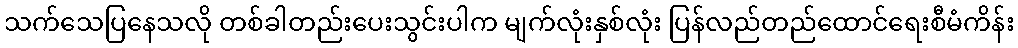
သက်သေပြနေသလို တစ်ခါတည်းပေးသွင်းပါက မျက်လုံးနှစ်လုံး ပြန်လည်တည်ထောင်ရေးစီမံကိန်း